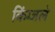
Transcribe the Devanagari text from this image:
किंग्जले